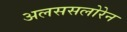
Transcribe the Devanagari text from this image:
अलससलोरेन